Lunatic asylums Central Provinces reports 1874-1885 - 1874-1885
Year: 1874
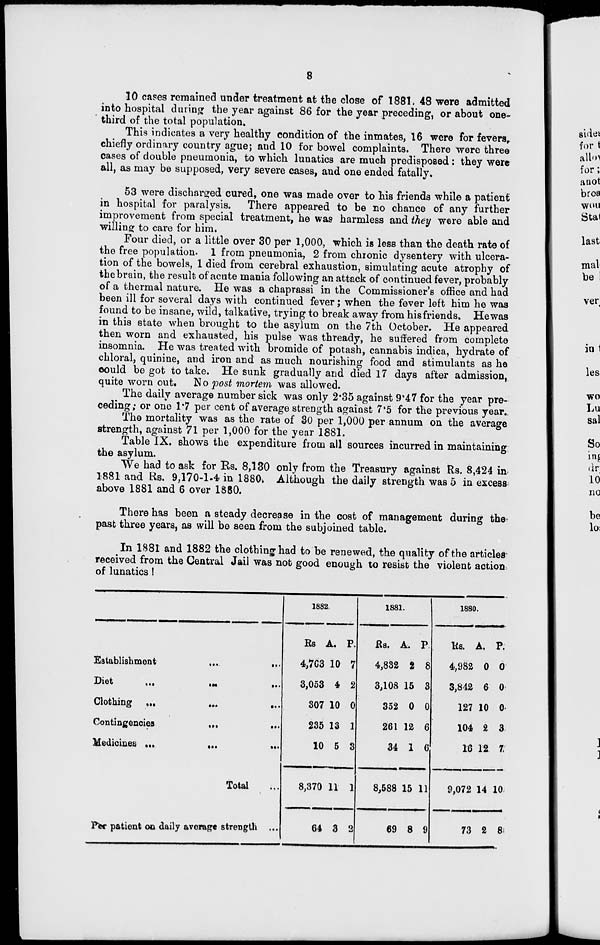
8
10 cases remained under treatment at the close of 1881, 48 were admitted
into hospital during the year against 86 for the year preceding, or about one-
third of the total population.
This indicates a very healthy condition of the inmates, 16 were for fevers,
chiefly ordinary country ague; and 10 for bowel complaints. There were three
cases of double pneumonia, to which lunatics are much predisposed : they were
all, as may be supposed, very severe cases, and one ended fatally.
53 were discharged cured, one was made over to his friends while a patient
in hospital for paralysis. There appeared to be no chance of any further
improvement from special treatment, he was harmless and they were able and
willing to care for him.
Four died, or a little over 30 per 1,000, which is less than the death rate of
the free population. 1 from pneumonia, 2 from chronic dysentery with ulcera-
tion of the bowels, 1 died from cerebral exhaustion, simulating acute atrophy of
the brain, the result of acute mania following an attack of continued fever, probably
of a thermal nature. He was a chaprassi in the Commissioner's office and had
been ill for several days with continued fever; when the fever left him he was
found to be insane, wild, talkative, trying to break away from hisfriends. He was
in this state when brought to the asylum on the 7th October. He appeared
then worn and exhausted, his pulse was thready, he suffered from complete
insomnia. He was treated with bromide of potash, cannabis indica, hydrate of
chloral, quinine, and iron and as much nourishing food and stimulants as he
could be got to take. He sunk gradually and died 17 days after admission,
quite worn out. No post mortem was allowed.
The daily average number sick was only 2.35 against 9.47 for the year pre-
ceding ; or one 1.7 per cent of average strength against 7.5 for the previous year.
The mortality was as the rate of 30 per 1,000 per annum on the average
strength, against 71 per 1,000 for the year 1881.
Table IX. shows the expenditure from all sources incurred in maintaining
the asylum.
We had to ask for Rs. 8,130 only from the Treasury against Rs. 8,424 in
1881 and Rs. 9,170-1.4 in 1880. Although the daily strength was 5 in excess
above 1881 and 6 over 1880.
There has been a steady decrease in the cost of management during the
past three years, as will be seen from the subjoined table.
In 1881 and 1882 the clothing had to be renewed, the quality of the articles
received from the Central Jail was not good enough to resist the violent action
of lunatics!
Establishment
...
...
Diet
...
...
...
Clothing ... ... ...
Contingencies
...
...
Medicines
...
...
...
Total ...
Per patient on daily average strength ...
1882.
Rs
4,763
3,053
307
235
10
8,370
64
A.
10
4
10
13
5
11
3
P.
7
2
0
1
3
1
2
1881.
Rs.
4,832
3,108
352
261
34
8,588
69
A.
2
15
0
12
1
15
8
P.
8
3
0
6
6
11
9
1880.
Rs.
4,982
3,842
127
104
16
9,072
73
A.
0
6
10
2
12
14
2
P.
0
0
0
3
7
10
8